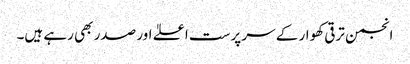
انجمن ترقی کھوار کے سر پرست اعلےٰ اور صدر بھی رہے ہیں۔